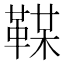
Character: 𩋞